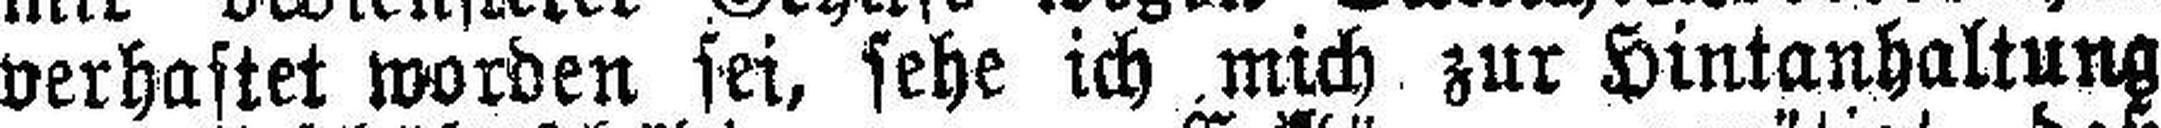
verhaftet worden sei, sehe ich mich zur Hintanhaltung